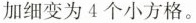
加细变为4个小方格。